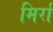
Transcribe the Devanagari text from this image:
मिर्रा